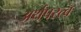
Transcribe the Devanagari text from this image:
अर्थपरत्व